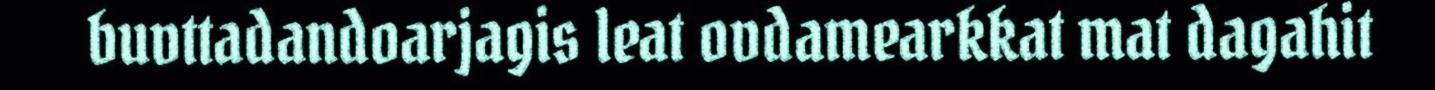
buvttadandoarjagis leat ovdamearkkat mat dagahit